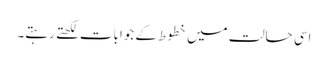
اسی حالت میں خطوط کے جوابات لکھتے رہتے۔